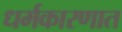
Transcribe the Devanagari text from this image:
धर्मकारणात